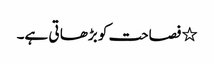
٭ فصاحت کو بڑھا تی ہے۔